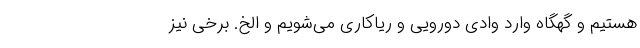
هستیم و گهگاه وارد وادیِ دورویی و ریاکاری می‌شویم و الخ. برخی نیز